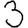
Digit: 3